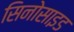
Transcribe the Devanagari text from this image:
सिनोसाइड